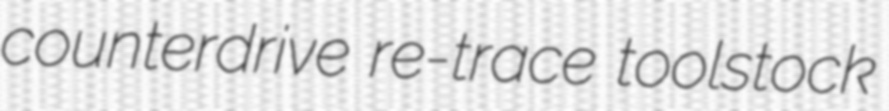
counterdrive re-trace toolstock